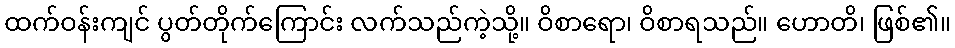
ထက်ဝန်းကျင် ပွတ်တိုက်ကြောင်း လက်သည်ကဲ့သို့။ ဝိစာရော၊ ဝိစာရသည်။ ဟောတိ၊ ဖြစ်၏။